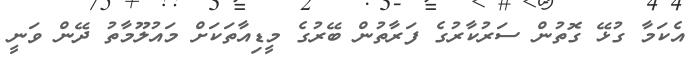
އެކަމާ ގުޅޭ ގޮތުން ސަރުކާރުގެ ފަރާތުން ބޭރުގެ މީޑިއާތަކަށް މައުލޫމާތު ދޭން ވަނީ